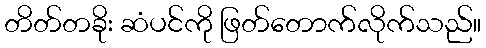
တိတ်တခိုး ဆံပင်ကို ဖြတ်တောက်လိုက်သည်။